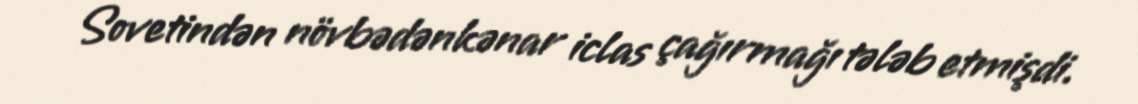
Sovetindən növbədənkənar iclas çağırmağı tələb etmişdi.